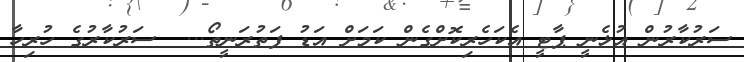
ސަރުކާރުން އުޅެނީ ޕާޓީ އެކަހެރިކޮށްގެން ކަމަށް އަޑު ފަތުރަނީތޯ...  ސަރުކާރުގެ ހުރިހާ